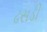
ઢસડી